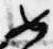
如